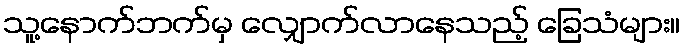
သူ့နောက်ဘက်မှ လျှောက်လာနေသည့် ခြေသံများ။